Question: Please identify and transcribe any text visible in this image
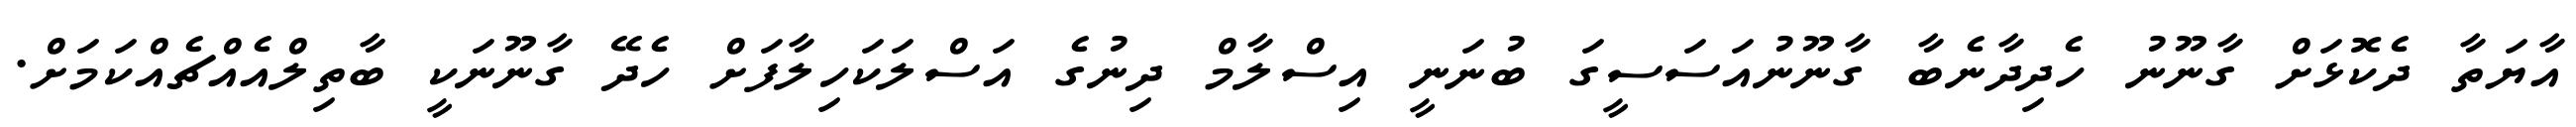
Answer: އާޔަތާ ދެކޮޅަށް ގާނޫނު ހެދިދާނެބާ ގާނޫނުއަސަސީގަ ބުނަނީ އިސްލާމް ދިނުގެ އަސްލަކަހިލާފަށް ހެދޭ ގާނޫނަކީ ބާތިލްއެއްޗެއްކަމަށް.